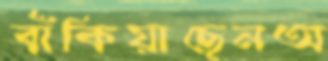
বাঁকিয়াছেনঅ